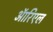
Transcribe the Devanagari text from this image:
ऑरिएल